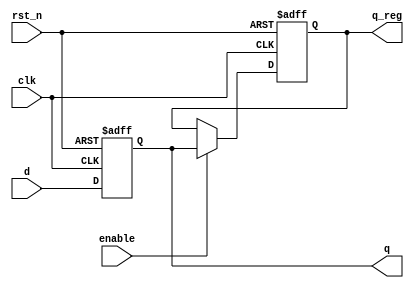
module sequential_logic (
    input wire clk,           // Clock input
    input wire rst_n,        // Active low reset
    input wire d,            // Data input
    input wire enable,       // Enable signal
    output reg q,            // Output of the flip-flop
    output reg q_reg         // An additional register output
);

// Behavioral modeling using non-blocking assignments
always @(posedge clk or negedge rst_n) begin
    if (!rst_n) begin
        // State reset on active low reset
        q <= 1'b0;
        q_reg <= 1'b0;
    end else begin
        // Non-blocking assignments for concurrent execution
        q <= d;                // Capture input data at rising edge
        if (enable) begin
            q_reg <= q;       // Update additional register if enabled
        end
    end
end

endmodule